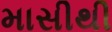
માસીથી